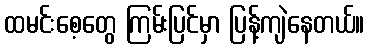
ထမင်းစေ့တွေ ကြမ်းပြင်မှာ ပြန့်ကျဲနေတယ်။